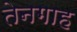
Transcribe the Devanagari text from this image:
तेनगाह